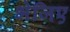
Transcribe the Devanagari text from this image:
भेजिए